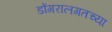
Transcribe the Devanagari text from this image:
डोंगरालगतच्या